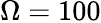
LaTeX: \Omega=100